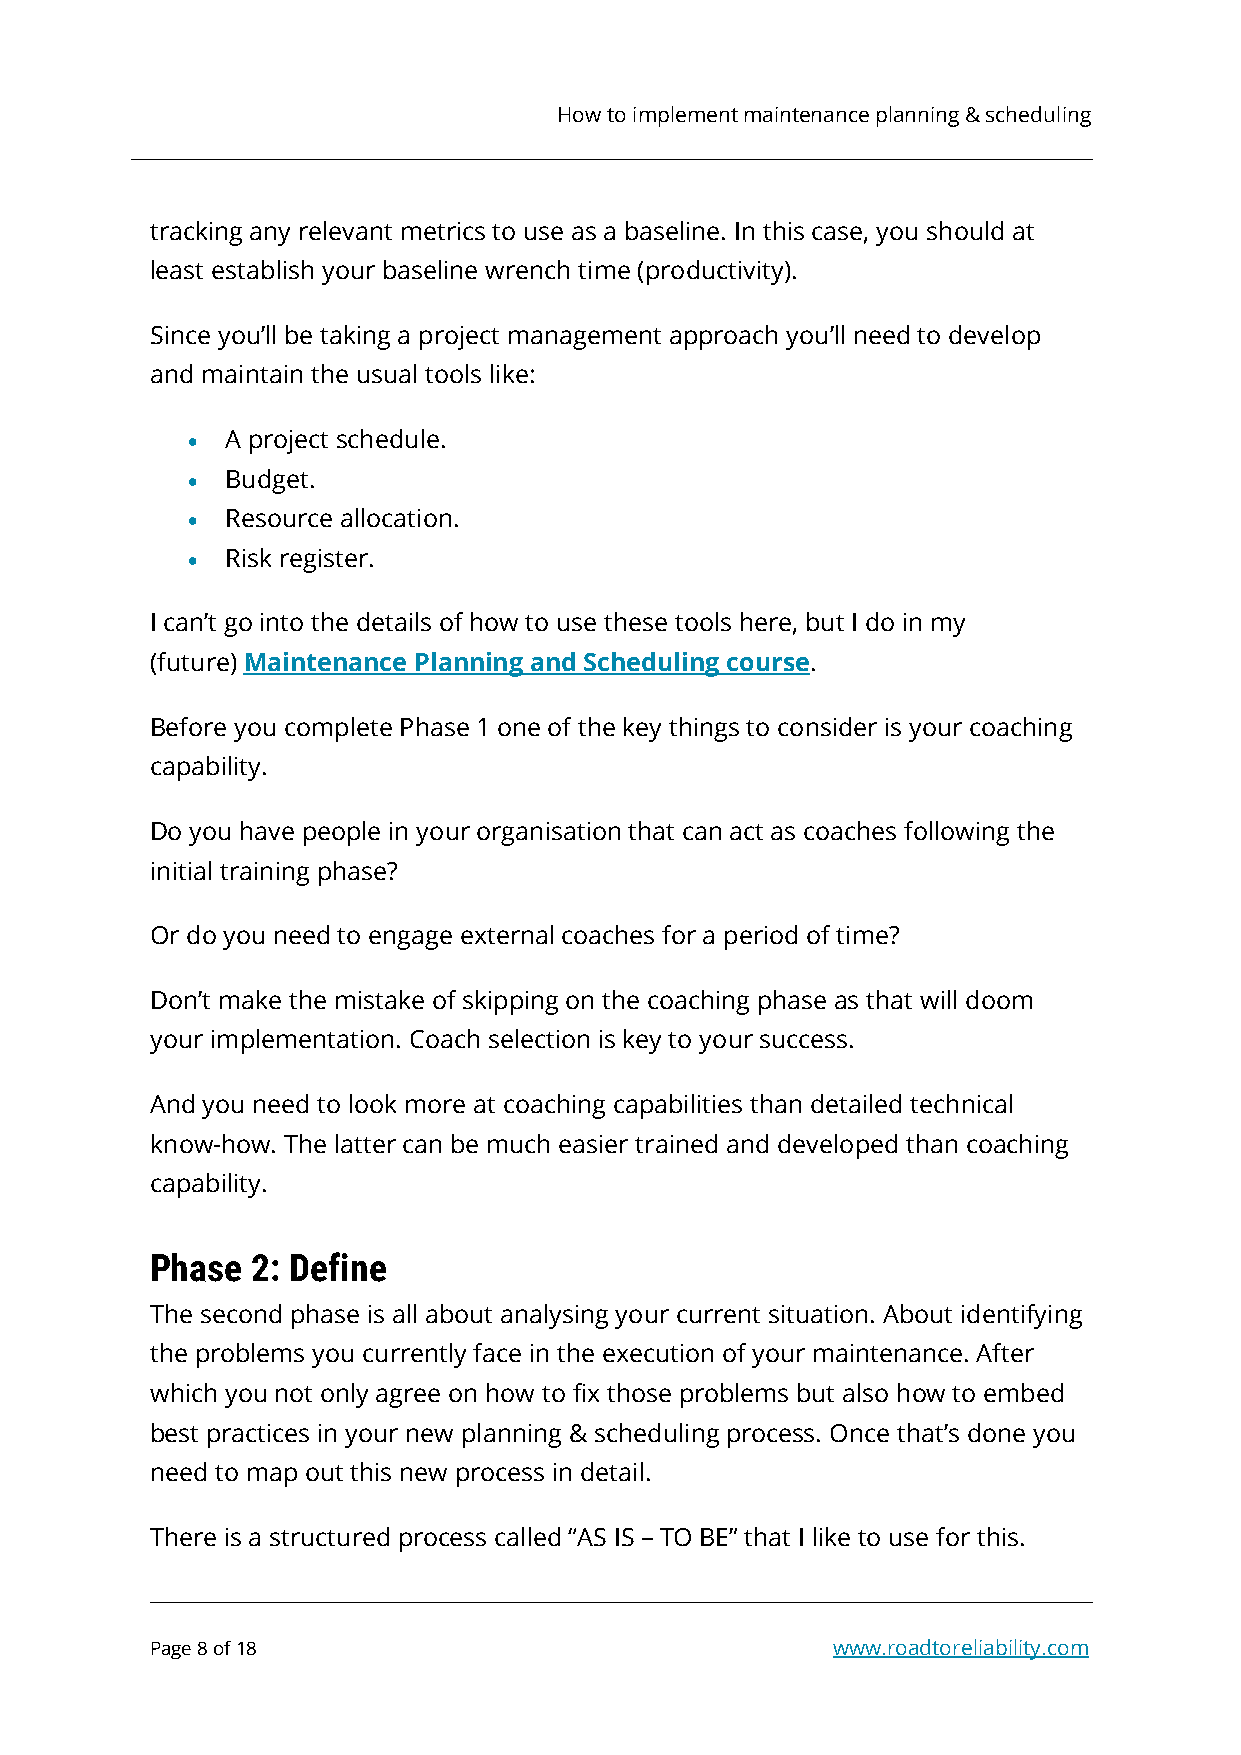
How to implement maintenance planning & scheduling
 tracking any relevant metrics to use as a baseline. In this case, you should at
 least establish your baseline wrench time (productivity).
 Since you’ll be taking a project management approach you’ll need to develop
 and maintain the usual tools like:
 •  A project schedule.
 •  Budget.
 •  Resource allocation.
 •  Risk register.
 I can’t go into the details of how to use these tools here, but I do in my
 (future) Maintenance Planning and Scheduling course.
 Before you complete Phase 1 one of the key things to consider is your coaching
 capability.
 Do you have people in your organisation that can act as coaches following the
 initial training phase?
 Or do you need to engage external coaches for a period of time?
 Don’t make the mistake of skipping on the coaching phase as that will doom
 your implementation. Coach selection is key to your success.
 And you need to look more at coaching capabilities than detailed technical
 know-how. The latter can be much easier trained and developed than coaching
 capability.
 Phase  2: Define
 The second phase is all about analysing your current situation. About identifying
 the problems you currently face in the execution of your maintenance. After
 which you not only agree on how to fix those problems but also how to embed
 best practices in your new planning & scheduling process. Once that’s done you
 need to map out this new process in detail.
 There is a structured process called “AS IS – TO BE” that I like to use for this.
 Page 8 of 18                                 www.roadtoreliability.com